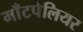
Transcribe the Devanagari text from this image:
माँटपेलियर